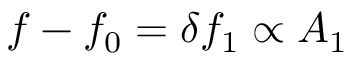
f - f _ { 0 } = \delta f _ { 1 } \propto A _ { 1 }